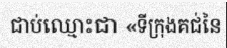
ជាប់ឈ្មោះជា «ទីក្រុងគជ់នៃ